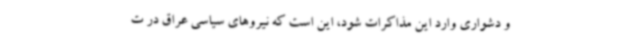
و دشواری وارد این مذاکرات شود، این است که نیروهای سیاسی عراق در ت